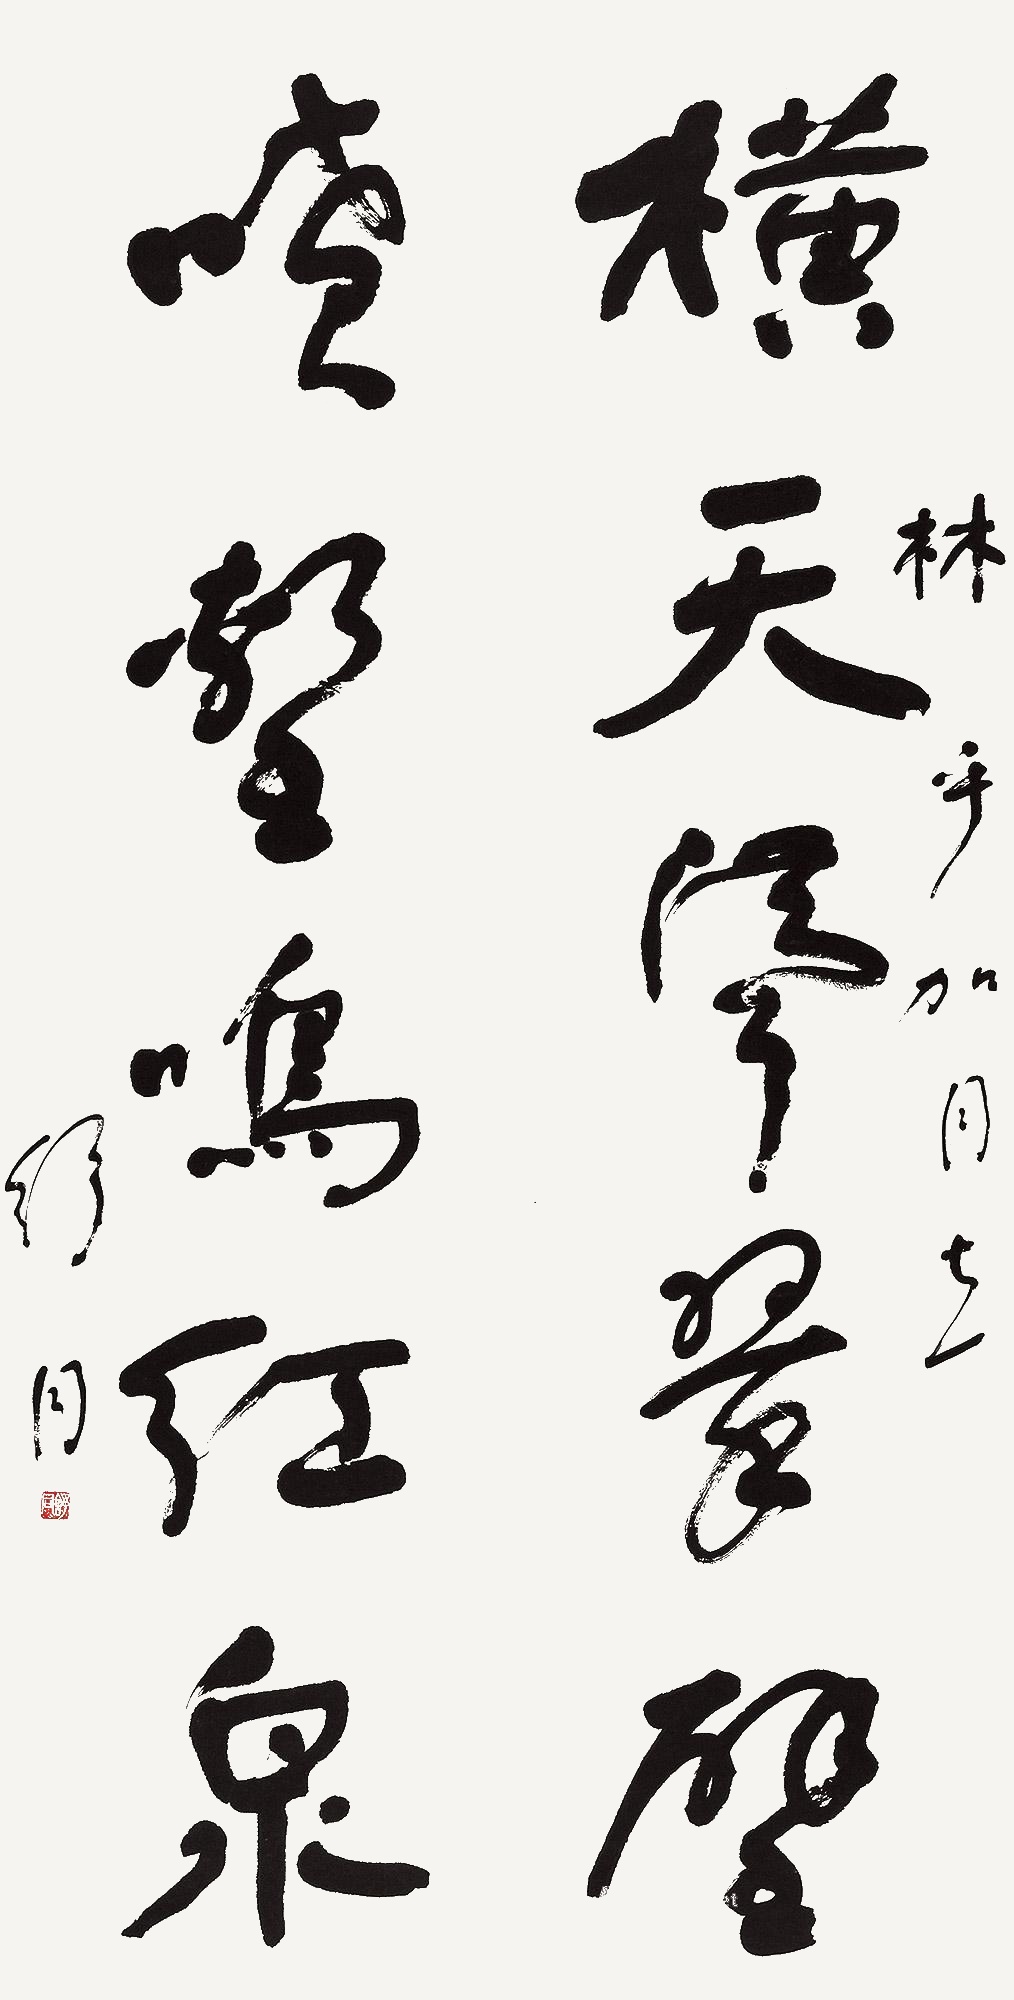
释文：横天耸翠壁，喷壑鸣红泉。林乎加同志。舒同。